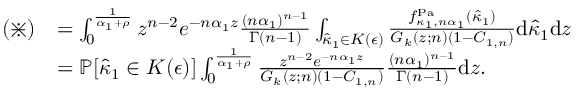
\begin{array} { r l } { ( \divideontimes ) } & { = \int _ { 0 } ^ { \frac { 1 } { \alpha _ { 1 } + \rho } } z ^ { n - 2 } e ^ { - n \alpha _ { 1 } z } \frac { ( n \alpha _ { 1 } ) ^ { n - 1 } } { \Gamma ( n - 1 ) } \int _ { \hat { \kappa } _ { 1 } \in K ( \epsilon ) } \frac { f _ { \kappa _ { 1 } , n \alpha _ { 1 } } ^ { \mathrm { P a } } ( \hat { \kappa } _ { 1 } ) } { G _ { k } ( z ; n ) ( 1 - C _ { 1 , n } ) } \mathrm { d } \hat { \kappa } _ { 1 } \mathrm { d } z } \\ & { = \mathbb { P } [ \hat { \kappa } _ { 1 } \in K ( \epsilon ) ] \int _ { 0 } ^ { \frac { 1 } { \alpha _ { 1 } + \rho } } \frac { z ^ { n - 2 } e ^ { - n \alpha _ { 1 } z } } { G _ { k } ( z ; n ) ( 1 - C _ { 1 , n } ) } \frac { ( n \alpha _ { 1 } ) ^ { n - 1 } } { \Gamma ( n - 1 ) } \mathrm { d } z . } \end{array}